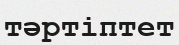
тәртіптет